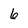
Character: 6